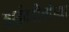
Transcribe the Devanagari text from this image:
आईवडीलांच्या